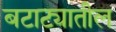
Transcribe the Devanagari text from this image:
बटाट्यातील